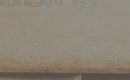
مدرسة الحياة تقدم تعليمًا